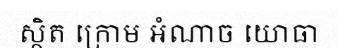
ស្ថិត ក្រោម អំណាច យោធា